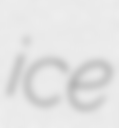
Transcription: ice